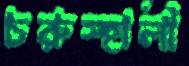
চরুস্হালী